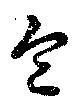
包